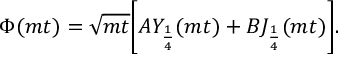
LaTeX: \Phi ( m t ) = \sqrt { m t } \biggl [ A Y _ { \frac { 1 } { 4 } } ( m t ) + B J _ { \frac { 1 } { 4 } } ( m t ) \biggr ] .